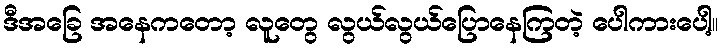
ဒီအခြေ အနေကတော့ လူတွေ လွယ်လွယ်ပြောနေကြတဲ့ ပေါကားပေါ့။